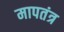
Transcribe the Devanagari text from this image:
मापतंत्र